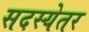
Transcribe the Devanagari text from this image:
सदस्येतर